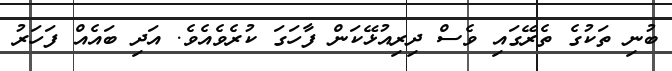
ބުނި ތަކުގެ ތެރޭގައި ވެސް ދިރިއުޅޭކަން ފާހަގަ ކުރެވެއެވެ. އަދި ބައެއް ފަހަރު